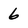
Character: 6